画像に写った文字を読んでください
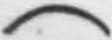
「(」と書いてあります